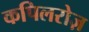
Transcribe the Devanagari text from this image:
कपिलरोज़